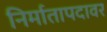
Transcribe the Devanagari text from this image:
निर्मातापदावर